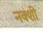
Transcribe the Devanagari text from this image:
नक्शी